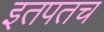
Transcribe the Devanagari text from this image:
इतपतच